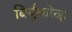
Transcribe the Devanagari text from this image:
बिर्युकोव्ह